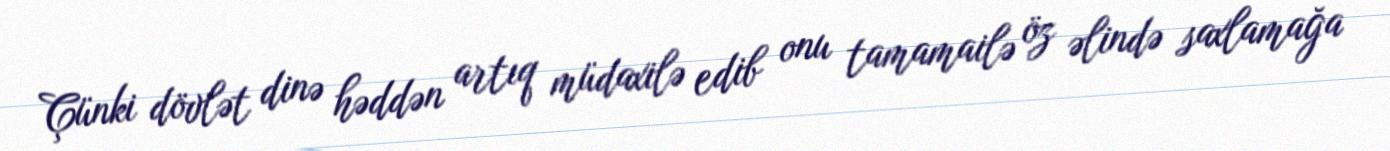
Çünki dövlət dinə həddən artıq müdaxilə edib onu tamamailə öz əlində saxlamağa